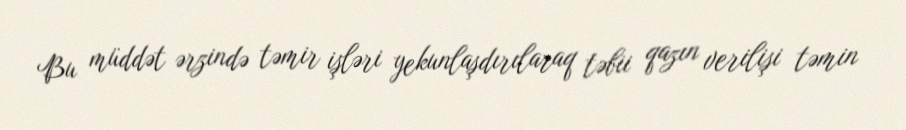
Bu müddət ərzində təmir işləri yekunlaşdırılaraq təbii qazın verilişi təmin